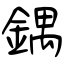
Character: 鍝